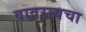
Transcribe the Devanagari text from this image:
वावरायचा